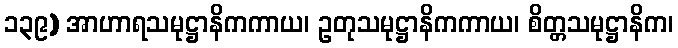
၁၃၉) အာဟာရသမုဋ္ဌာနိကကာယ၊ ဥတုသမုဋ္ဌာနိကကာယ၊ စိတ္တသမုဋ္ဌာနိက၊